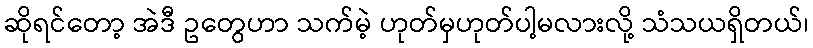
ဆိုရင်တော့ အဲဒီ ဥတွေဟာ သက်မဲ့ ဟုတ်မှဟုတ်ပါ့မလားလို့ သံသယရှိတယ်၊